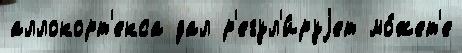
аллокорт'екса дал р'егул'и́руjет мо́жет'е